Vaccination in Burma 1889-1999 - 1889-1999
Year: 1889
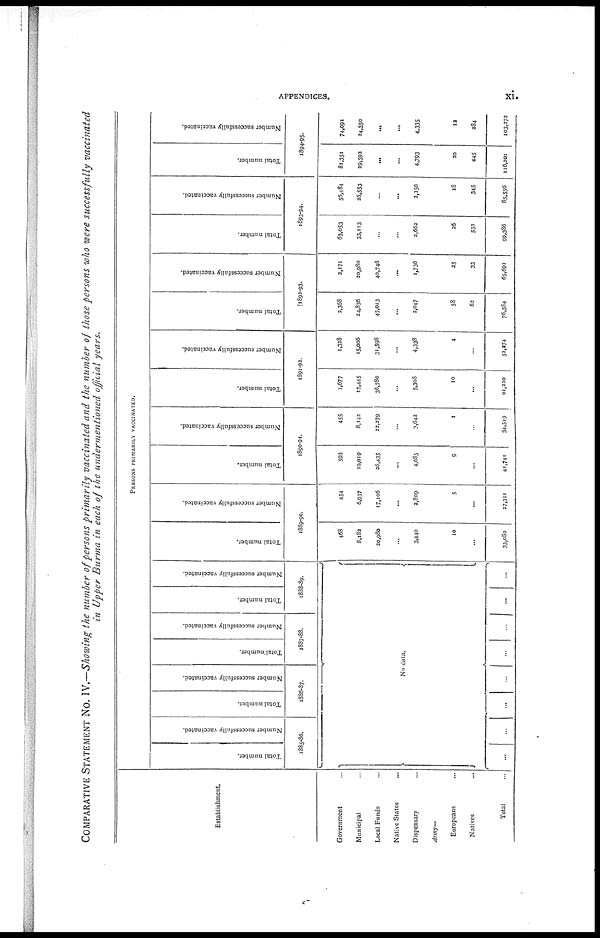
APPENDICES.
xi.
COMPARATIVE STATEMENT No. IV.—Showing the number of persons primarily vaccinated and the number of those persons who were successfully vaccinated
in Upper Burma in each of the undermentioned official years.
Establishment.
Government ...
Municipal ...
Local Funds ...
Native States ...
Dispensary ...
Army—
Europeans ...
Natives
...
Total ...
PERSONS PRIMARILY VACCINATED.
Total number.
Number successfully vaccinated.
1885-86.
Total number.
Number successfully vaccinated.
1886-87.
Total number.
Number successfully vaccinated.
1887-88.
Total number.
Number successfully vaccinated.
1888-89.
No data.
...
...
...
...
...
...
...
...
Total number.
Number successfully vaccinated.
1889-90.
468
8,182
20,980
...
3,440
10
...
33,080
454
6,937
17,106
...
2,809
5
...
27,311
Total number.
Number successfully vaccinated.
1890-91.
593
10,019
26,435
...
4,685
9
...
41,741
455
8,142
22,279
...
3,642
1
...
34,519
Total number.
Number successfully vaccinated.
1891-92.
1,677
17,445
36,780
...
5,308
10
...
61,220
1,328
15,006
31,598
...
4,338
4
...
52,374
Total number.
Number successfully vaccinated.
1892-93.
2,368
24,836
47,013
...
2,047
58
62
76,384
2,171
20,980
40,746
...
1,736
25
33
65,691
Total number.
Number successfully vaccinated.
1893-94.
63,053
33,113
...
...
2,662
26
532
99,386
56,484
26,553
...
...
2,156
18
345
85,556
Total number.
Number successfully vaccinated.
1894-95.
81,351
29,592
...
...
4,793
20
445
116,201
74,091
24,550
...
...
4,335
12
284
103,272